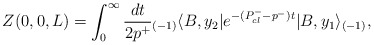
\begin{align*}Z(0,0,L) = \int_0^\infty {dt\over 2p^+}{_{(-1)}\langle} B, y_2| e^{-(P^-_{cl} - p^-) t}| B, y_1\rangle_{ (-1)},\end{align*}